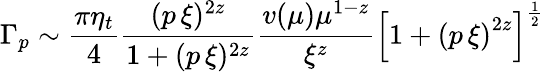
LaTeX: \Gamma_{p}\sim\frac{\pi\eta_{t}}{4}\frac{(p\, \xi)^{2z}}{1+(p\, \xi)^{2z}}\frac{v(\mu)\mu^{1-z}}{\xi^{z}}\left[1+\left(p\, \xi\right)^{2z}\right]^{\frac{1}{2}}